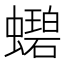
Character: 𬠲